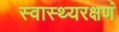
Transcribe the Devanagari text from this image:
स्वास्थ्यरक्षणं